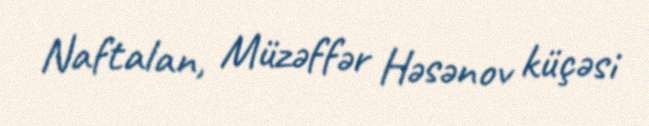
Naftalan, Müzəffər Həsənov küçəsi